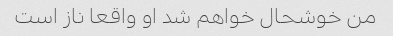
من خوشحال خواهم شد او واقعا ناز است